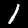
Label: 1